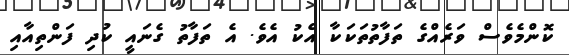
ކޮންމެވެސް ވަރެއްގެ ތަފާތުތަކަކާ އެކު އެވެ. އެ ތަފާތު ގެނައީ ކުދި ފަންތިއާއި